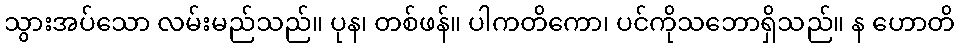
သွားအပ်သော လမ်းမည်သည်။ ပုန၊ တစ်ဖန်။ ပါကတိကော၊ ပင်ကိုသဘောရှိသည်။ န ဟောတိ